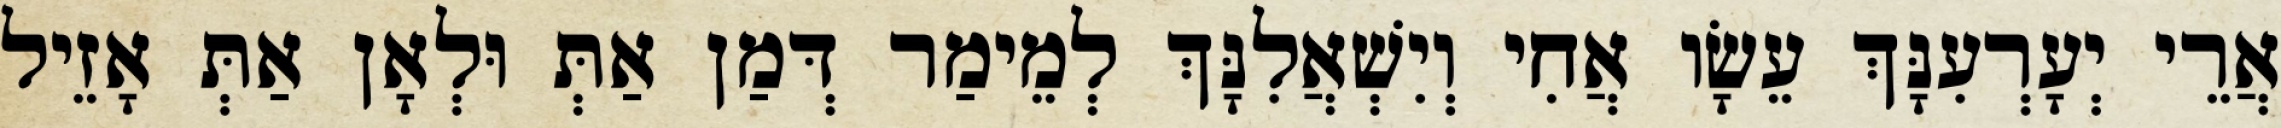
אֲרֵי יְעָרְעִנָּךְ עֵשָׂו אֲחִי וְיִשְׁאֲלִנָּךְ לְמֵימַר דְּמַן אַתְּ וּלְאָן אַתְּ אָזֵיל